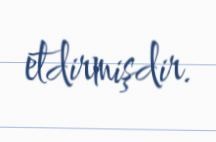
etdirmişdir.